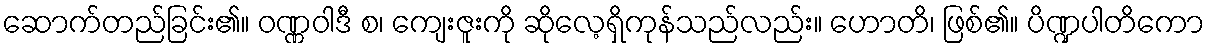
ဆောက်တည်ခြင်း၏။ ဝဏ္ဏဝါဒီ စ၊ ကျေးဇူးကို ဆိုလေ့ရှိကုန်သည်လည်း။ ဟောတိ၊ ဖြစ်၏။ ပိဏ္ဍပါတိကော